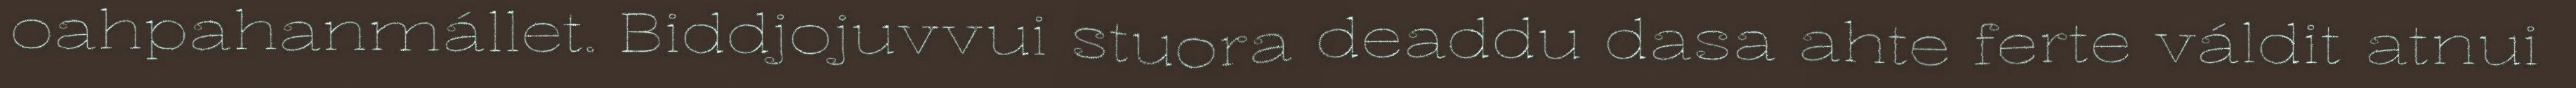
oahpahanmállet. Biddjojuvvui stuora deaddu dasa ahte ferte váldit atnui